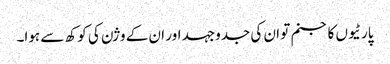
پارٹیوں کا جنم تو ان کی جدوجہد اور ان کے وژن کی کوکھ سے ہوا۔